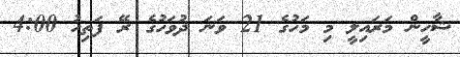
ޝާހީން މަރައިލީ މި މަހުގެ 21 ވަނަ ދުވަހުގެ ރޭ ފަތިހު 4:00